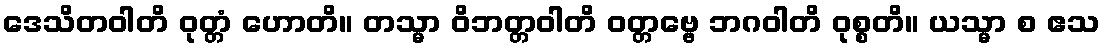
ဒေသိတဝါတိ ဝုတ္တံ ဟောတိ။ တသ္မာ ဝိဘတ္တဝါတိ ဝတ္တဗ္ဗေ ဘဂဝါတိ ဝုစ္စတိ။ ယသ္မာ စ ဧသ